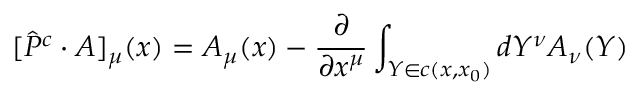
[ \hat { P } ^ { c } \cdot { \cal A } ] _ { \mu } ( x ) = { \cal A } _ { \mu } ( x ) - \frac { \partial } { \partial x ^ { \mu } } \int _ { Y \in c ( x , x _ { 0 } ) } d Y ^ { \nu } { \cal A } _ { \nu } ( Y )